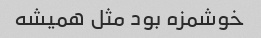
خوشمزه بود مثل همیشه